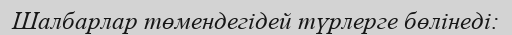
Шалбарлар төмендегідей түрлерге бөлінеді: